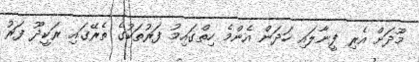
މޫދަށް އެރި ފީނާލައި ހަދަން އެންމެ ހިތްގައިމު ފަރުތަކުގެ ތެރޭގައި ރަކީދޫ ފަރު